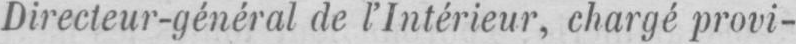
Directeur-général de l’Intérieur, chargé provi-